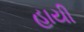
હાયી